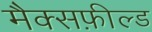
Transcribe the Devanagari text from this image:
मैक्सफ़ील्ड